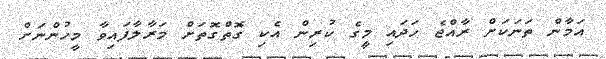
އަމާން ތަނަކަށް ރާއްޖެ ހަދައި މީގެ ކުރިން އެކި ގޮތްގޮތަށް މަރާލާފައިވާ މީހުންނަށް